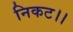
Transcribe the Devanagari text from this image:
निकट।।